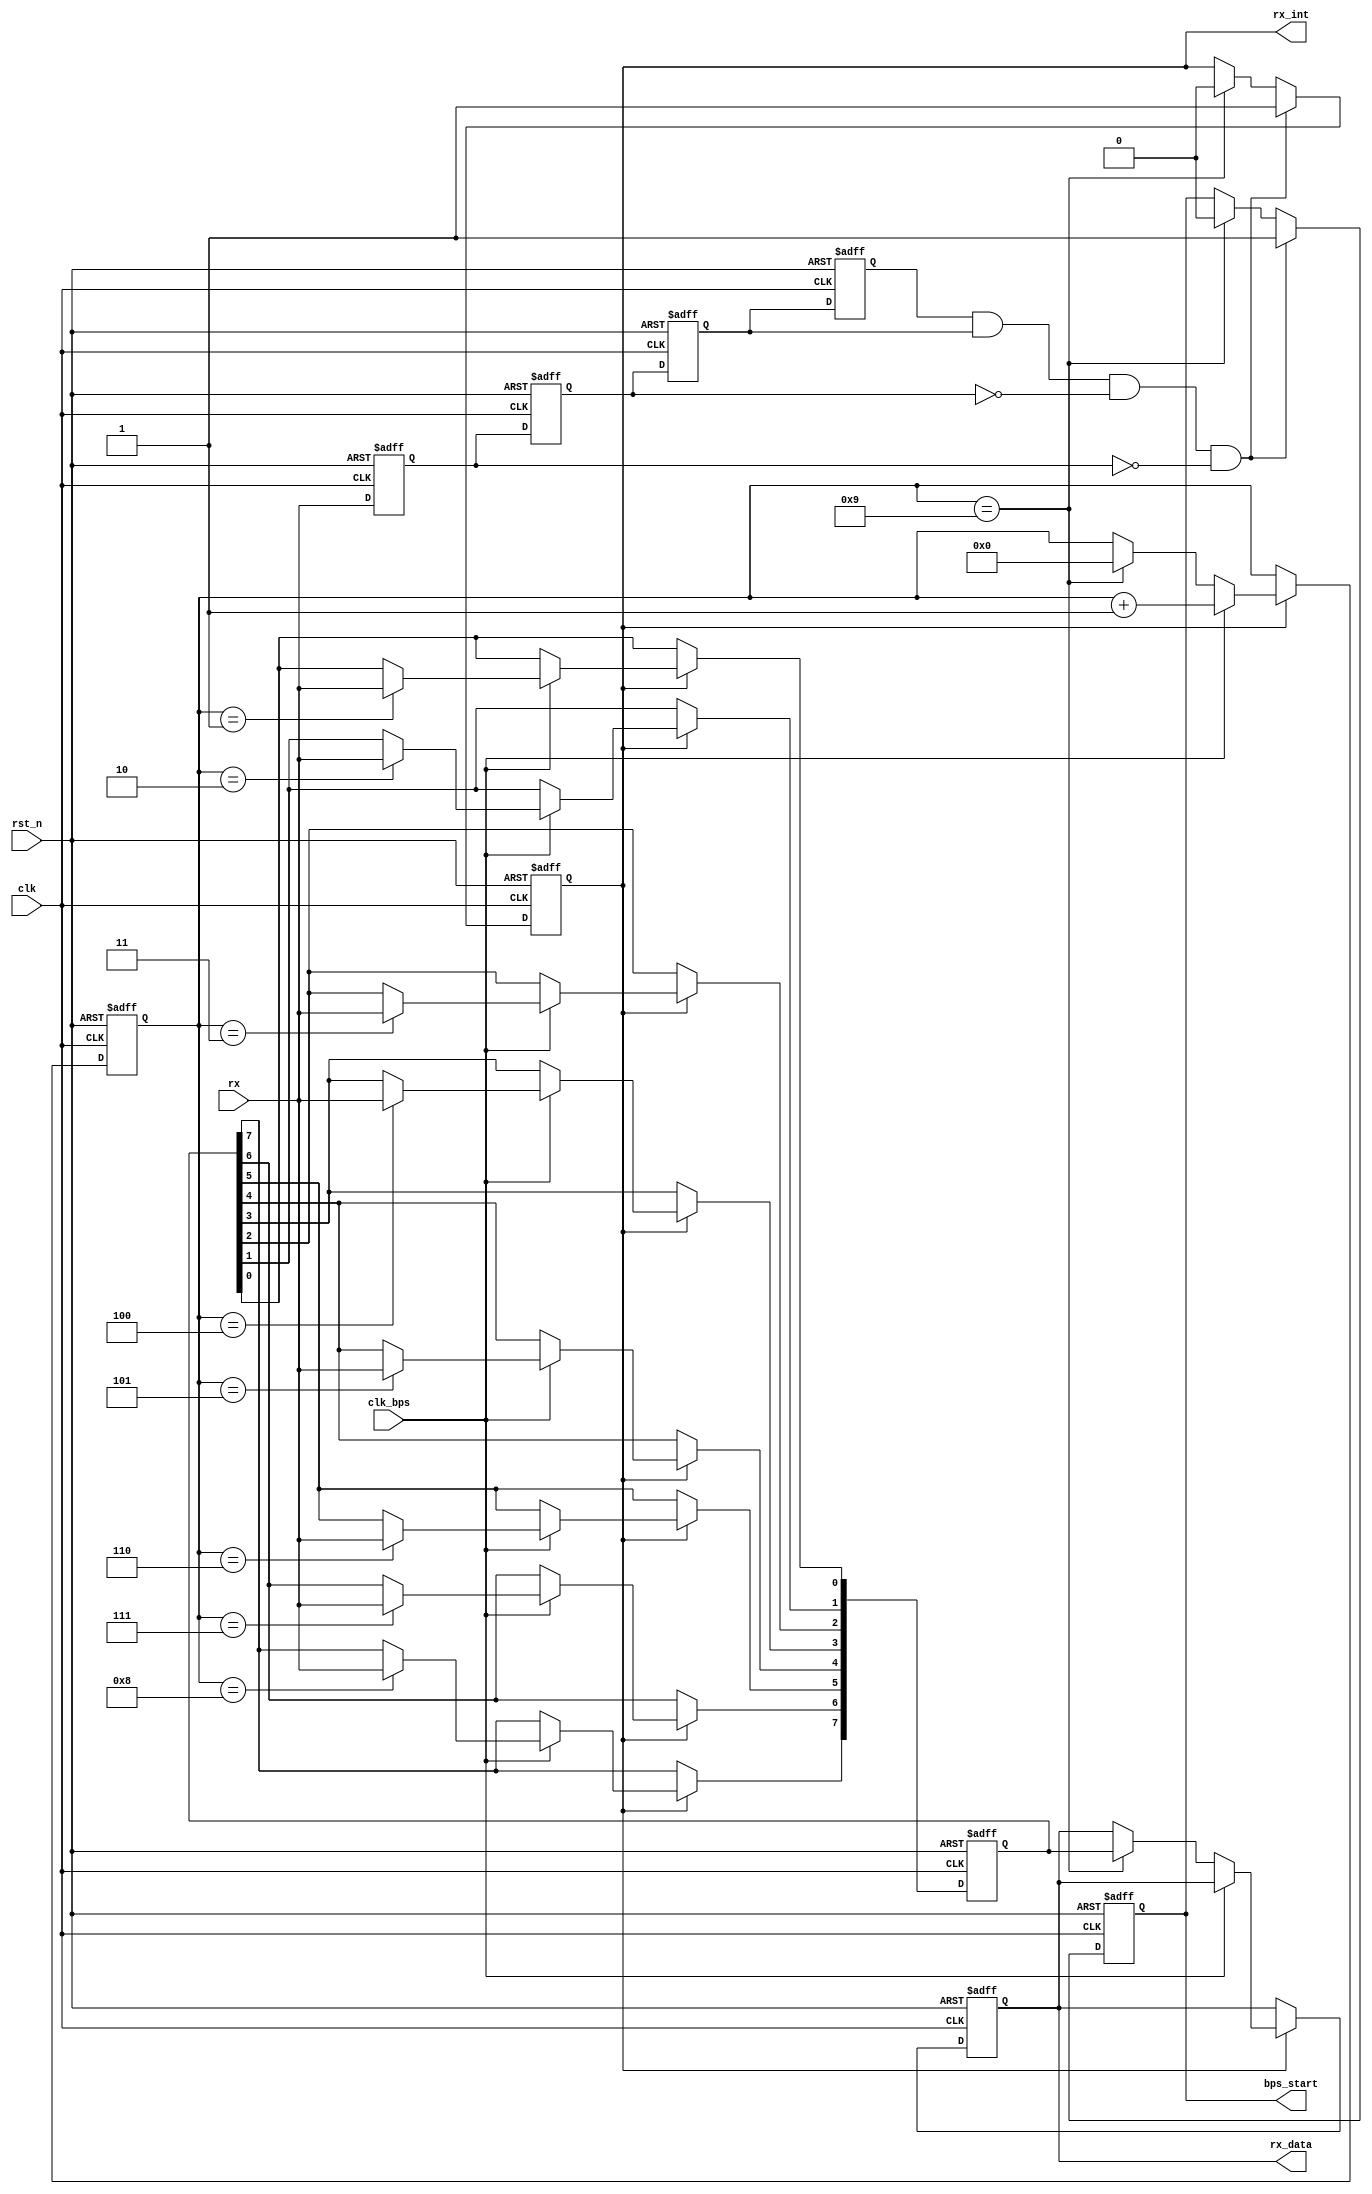
module uart_rx(
    clk,
    rst_n,
    rx,
    rx_data,
    rx_int,
    clk_bps,
    bps_start
);

input clk;
input rst_n;
input rx;
input clk_bps;
output bps_start;
output [7:0] rx_data;
output rx_int;

//---------------------------------------------------------
reg rx0;
reg rx1;
reg rx2;
reg rx3;
always@ (posedge clk or negedge rst_n)
    if(!rst_n) begin
        rx0 <= 1'b0;
        rx1 <= 1'b0;
        rx2 <= 1'b0;
        rx3 <= 1'b0;
    end
    else begin
        rx0 <= rx;
        rx1 <= rx0;
        rx2 <= rx1;
        rx3 <= rx2;
    end

assign neg_rx = rx3 & rx2 & ~rx1 & ~rx0;

//---------------------------------------------------------
reg bps_start_r;
reg [3:0] num;
reg rx_int;

always@(posedge clk or negedge rst_n)
    if(!rst_n) begin
        bps_start_r <= 1'b0;
        rx_int <= 1'b0;
    end
    else if(neg_rx) begin
        bps_start_r <= 1'b1;
        rx_int <= 1'b1;
    end
    else if(num == 4'd9) begin
        bps_start_r <= 1'b0;
        rx_int <= 1'b0;
    end

assign bps_start = bps_start_r;

//---------------------------------------------------------
reg [7:0] rx_data_r;
reg [7:0] rx_temp_data;

always@(posedge clk or negedge rst_n)
    if(!rst_n) begin
        rx_temp_data <= 8'd0;
        num <= 4'd0;
        rx_data_r <= 8'd0;
    end
    else if(rx_int) begin
        if(clk_bps) begin
            num <= num + 1'b1;
            case(num)
                4'd1: rx_temp_data[0] <= rx;
                4'd2: rx_temp_data[1] <= rx;
                4'd3: rx_temp_data[2] <= rx;
                4'd4: rx_temp_data[3] <= rx;
                4'd5: rx_temp_data[4] <= rx;
                4'd6: rx_temp_data[5] <= rx;
                4'd7: rx_temp_data[6] <= rx;
                4'd8: rx_temp_data[7] <= rx;
                default: ;
            endcase
        end
        else if(num==4'd9) begin
            num <= 4'd0;
            rx_data_r <= rx_temp_data;
        end
    end

assign rx_data = rx_data_r;

endmodule